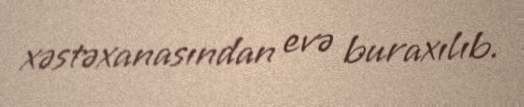
xəstəxanasından evə buraxılıb.